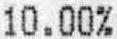
10.00%